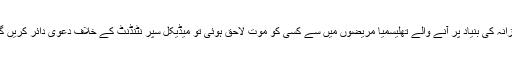
روزانہ کی بنیاد پر آنے والے تھلیسمیا مریضوں میں سے کسی کو موت لاحق ہوئی تو میڈیکل سپر نٹنڈنٹ کے خلاف دعویٰ دائر کریں گے۔